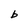
Character: b